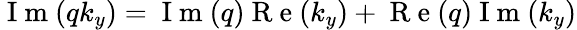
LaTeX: \mathrm{~I~m~}(qk_{y})=\mathrm{~I~m~}(q)\mathrm{~R~e~}(k_{y})+\mathrm{~R~e~}(q)\mathrm{~I~m~}(k_{y})